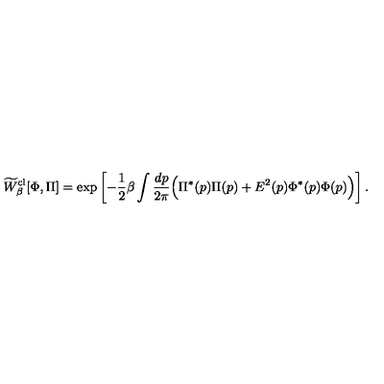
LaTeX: \widetilde W _ { \beta } ^ { \mathrm { c l } } [ \Phi , \Pi ] = \mathrm { e x p } \left[ - { \frac { 1 } { 2 } } \beta \int { \frac { d p } { 2 \pi } } \Bigl ( \Pi ^ { * } ( p ) \Pi ( p ) + E ^ { 2 } ( p ) \Phi ^ { * } ( p ) \Phi ( p ) \Bigr ) \right] .